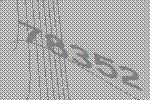
78352